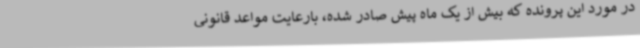
در مورد این پرونده که بیش از یک ماه پیش صادر شده، بارعایت مواعد قانونی